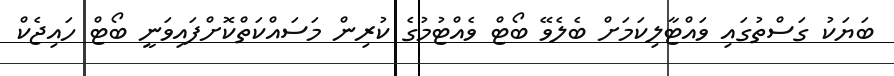
ބަޔަކު ގަސްތުގައި ވައްޓާލިކަމަށް ބެލެވޭ ބޯޓް ވެއްޓުމުގެ ކުރިން މަސައްކަތްކޮށްފައިވަނީ ބޯޓް ހައިޖެކް